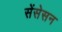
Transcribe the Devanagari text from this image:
सेंसेसन